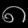
Digit: ၈